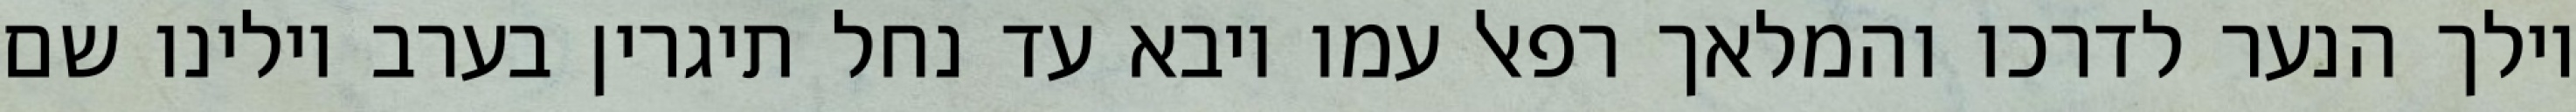
וילך הנער לדרכו והמלאך רפאל עמו ויבא עד נחל תיגרין בערב וילינו שם